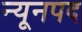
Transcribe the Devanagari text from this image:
न्यूनपद